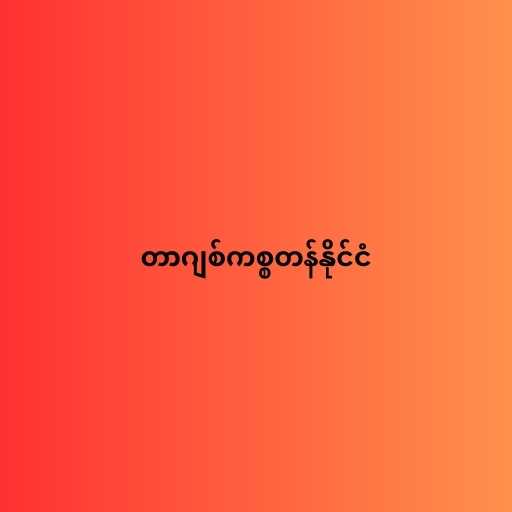
တာဂျစ်ကစ္စတန်နိုင်ငံ